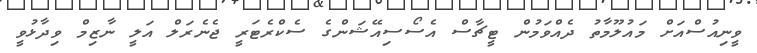
ވީނިއުސްއަށް މައުލޫމާތު ދެއްވަމުން ޓީޗާސް އެސޯސިއޭޝަންގެ ސެކްރެޓަރީ ޖެނެރަލް އަލީ ނާޒިމް ވިދާޅުވީ